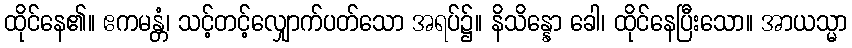
ထိုင်နေ၏။ ဧကမန္တံ၊ သင့်တင့်လျှောက်ပတ်သော အရပ်၌။ နိသိန္နော ခေါ၊ ထိုင်နေပြီးသော။ အာယသ္မာ